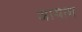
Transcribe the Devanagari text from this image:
अायाम